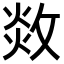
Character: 𢽻